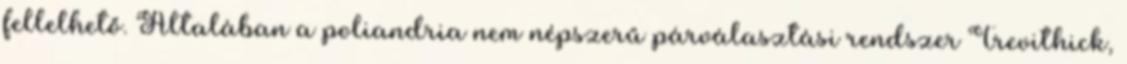
fellelhető. Általában a poliandria nem népszerű párválasztási rendszer Trevithick,